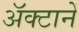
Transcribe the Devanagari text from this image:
अॅक्टानें